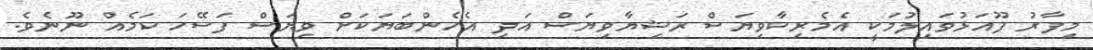
މިފާރު ފޫއަޅުވައިލުމަކީ އެމެރިކާވިޔަސް ރަޝިޔާވިޔަސް އަދި އެހެންބަޔަކަށް ވިޔަސް ފަސޭހަ ކަމެއް ނޫނެވެ.